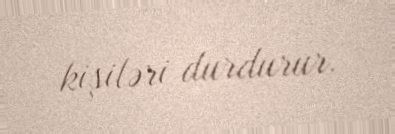
kişiləri durdurur.